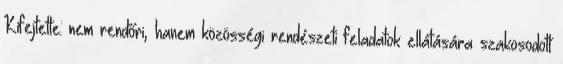
Kifejtette: nem rendőri, hanem közösségi rendészeti feladatok ellátására szakosodott